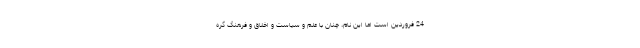
24 فروردین است اما این نام، چنان با علم و سیاست و اخلاق و فرهنگ گره